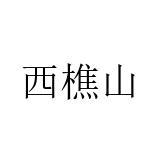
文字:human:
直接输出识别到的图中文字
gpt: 西樵山